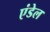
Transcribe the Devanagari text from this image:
एंडेल